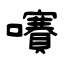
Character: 㘔